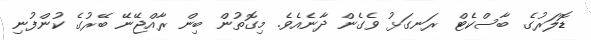
ޑޮލަރުގެ ބާސްކެޓް ރަނގަޅު ވެގެން ދާނެއެވެ. މިގޮތުން ބިން ރާއްޖޭނޭ ބޭރުގެ ކުންފުނި